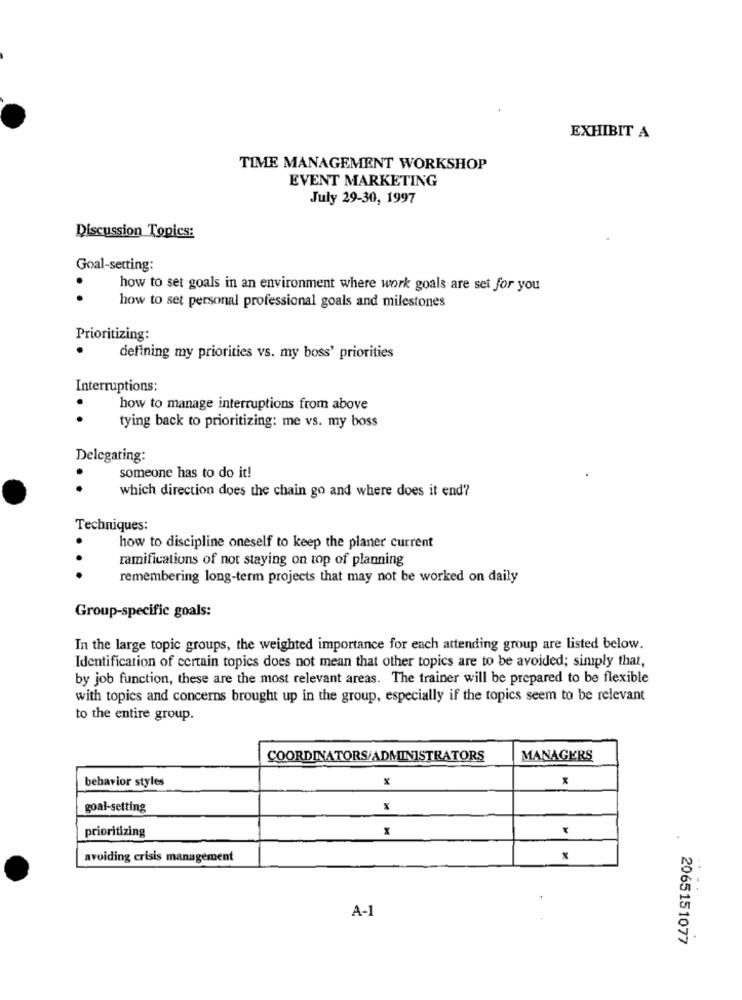
EXHIBIT A
TIME MANAGEMENT WORKSHOP
EVENT MARKETING
July 29-30, 1997
Discussion Topics:
Goal-setting:
how to set goals in an environment where work goals are set for you
..
how to set personal professional goals and milestones
Prioritizing:
defining my priorities vs. my boss' priorities
Interruptions:
how to manage interruptions from above
..
tying back to prioritizing: me vs. my boss
Delegating:
someone has to do it!
..
which direction does the chain go and where does it end?
Techniques:
how to discipline oneself to keep the planer current
..
ramifications of not staying on top of planning
remembering long-term projects that may not be worked on daily
Group-specific goals:
In the large topic groups, the weighted importance for each attending group are listed below.
Identification of certain topics does not mean that other topics are to be avoided; simply that,
by job function, these are the most relevant areas. The trainer will be prepared to be flexible
with topics and concerns brought up in the group, especially if the topics seem to be relevant
to the entire group.
COORDINATORS/ADMINISTRATORS
MANAGERS
behavior styles
goal-setting
prioritizing
avoiding crisis management
X
A-1
2065151077